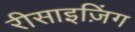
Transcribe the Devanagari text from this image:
रीसाइज़िंग